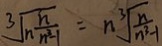
\sqrt [ 3 ] { n \frac { n } { n ^ { 2 } - 1 } } = n \sqrt [ 3 ] { \frac { n } { n ^ { 3 } - 1 } }